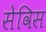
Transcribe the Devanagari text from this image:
सेविस